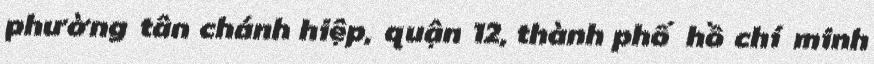
phường tân chánh hiệp, quận 12, thành phố hồ chí minh